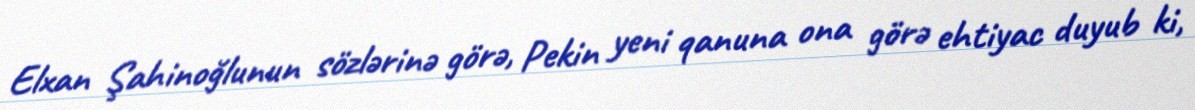
Elxan Şahinoğlunun sözlərinə görə, Pekin yeni qanuna ona görə ehtiyac duyub ki,